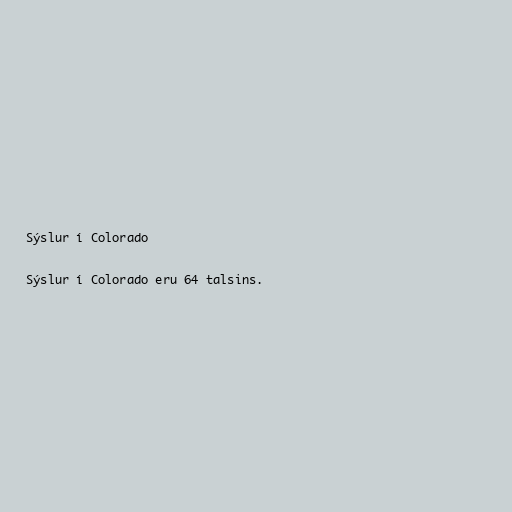
Sýslur í Colorado

Sýslur í Colorado eru 64 talsins.